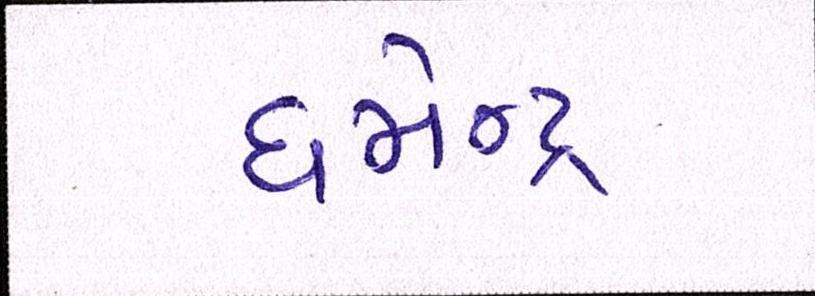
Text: ધર્મેન્દ્ર